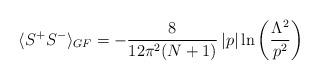
LaTeX: \begin{align*}\langle S^{+}S^{-}\rangle_{GF}=-\frac{8}{12\pi^{2}(N+1)}\left|p\right|\ln\left(\frac{\Lambda^{2}}{p^{2}}\right)\end{align*}